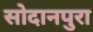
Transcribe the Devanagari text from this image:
सोदानपुरा